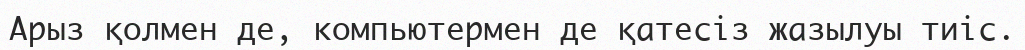
Арыз қолмен де, компьютермен де қатесіз жазылуы тиіс.